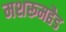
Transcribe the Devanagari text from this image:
मशरूमहैड